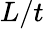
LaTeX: L/t